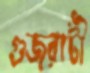
গুজরাটী